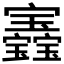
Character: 𡬏